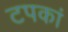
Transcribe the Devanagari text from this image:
टपकां